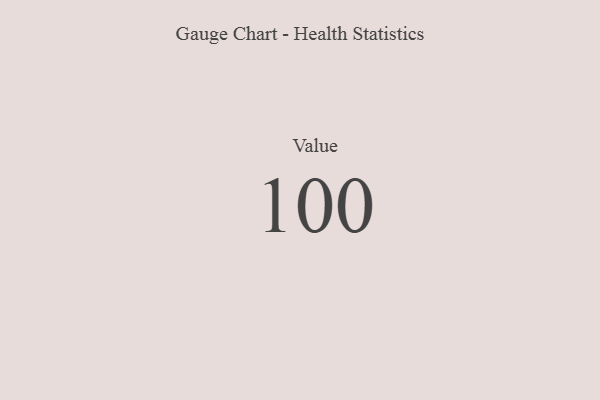
{"axis": {"x": "Metric", "y": "Value"}, "legend": [""], "data": [{"x": "Value", "y": 100, "type": ""}]}